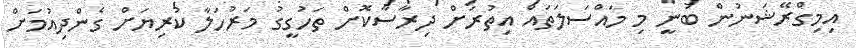
އިމިގްރޭޝަނުން ބުނީ މި މައްސަލަތައް އިތުރަށް ދިރާސާކޮށް ތަހުގީގު މަރުހަލާ ކުރިޔަށް ގެންދިއުމަށް